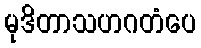
မုဒိတာသဟဂတံပေ